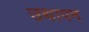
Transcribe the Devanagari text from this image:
उथापन